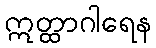
ဣတ္ထာဂါရေန